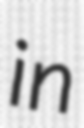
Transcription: in